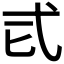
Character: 𢍾